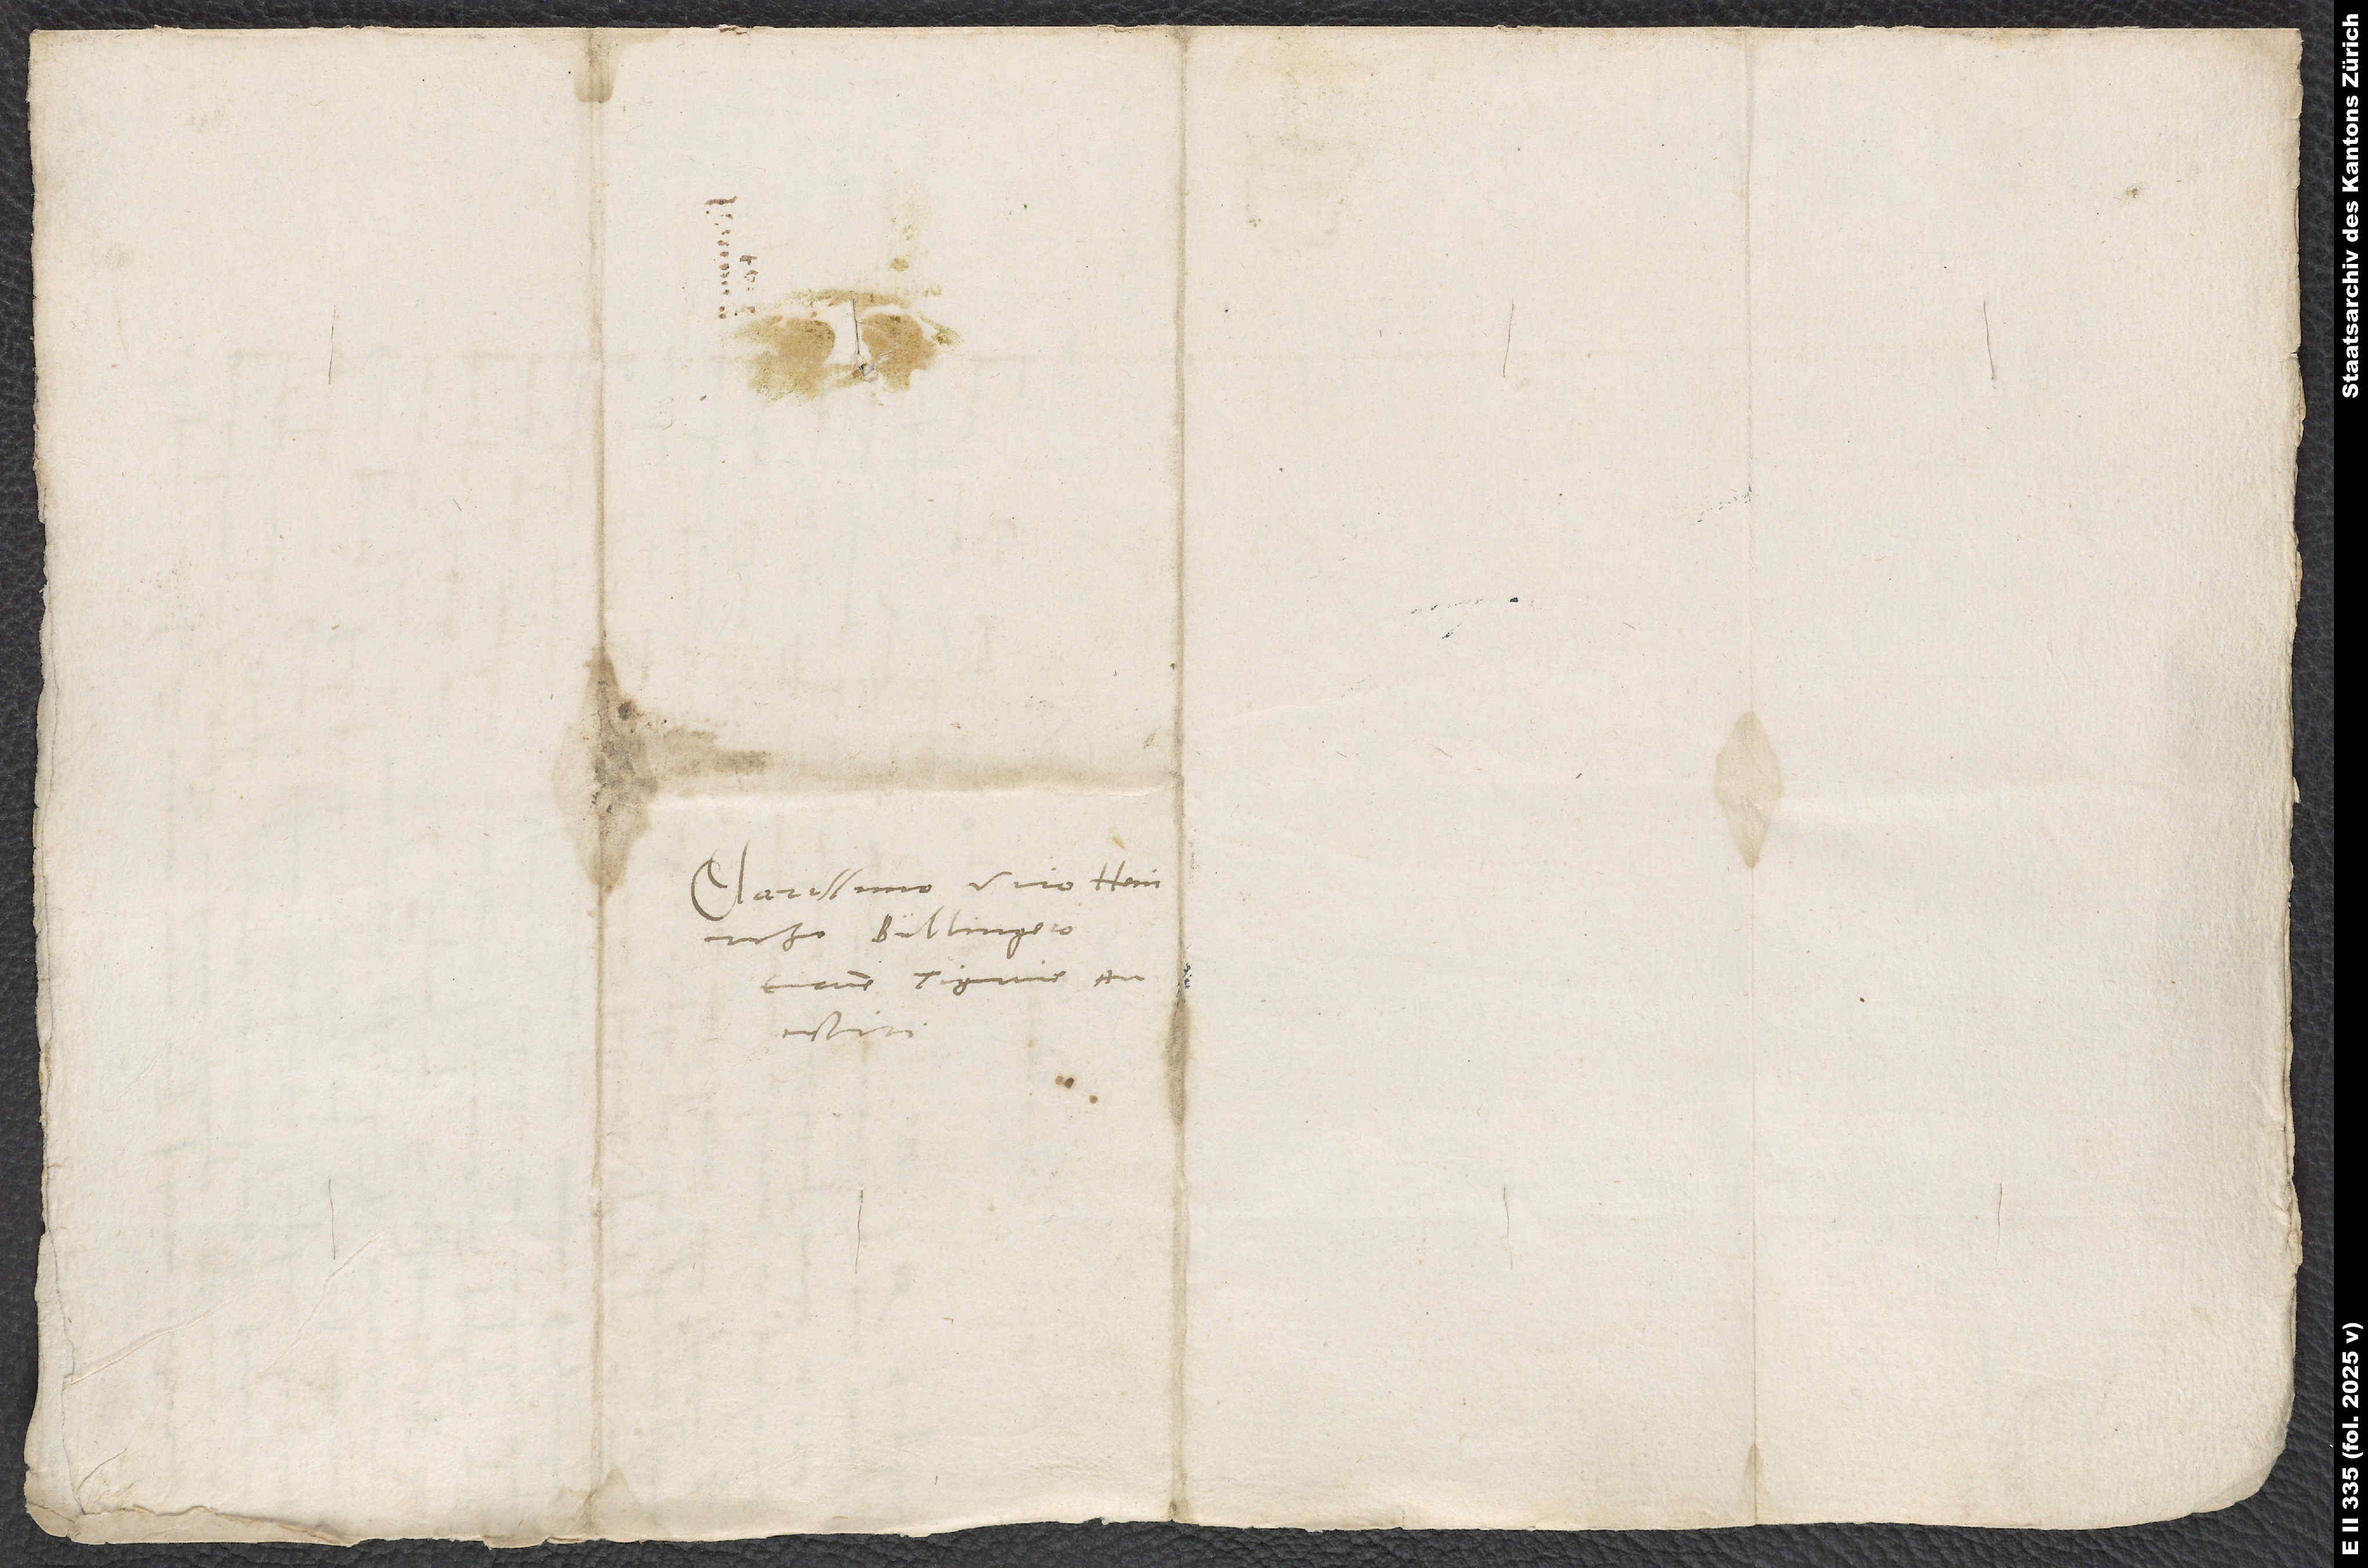
Clarissimo viro Heinricho
Bullingero,